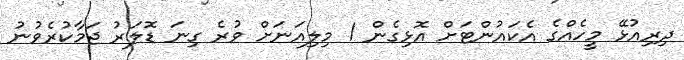
ދިރިއުޅޭ މީހެއްގެ އެކައުންޓަށް އޮޅިގެން 1 މިލިއަނަށް ވުރެ ގިނަ ޑޮލަރު ޖަމާކުރެވުނު